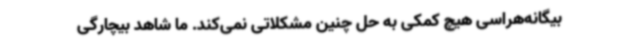
بیگانه‌هراسی هیچ کمکی به حل چنین مشکلاتی نمی‌کند. ما شاهد بیچارگی